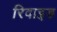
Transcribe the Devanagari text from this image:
रिवाइड